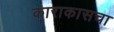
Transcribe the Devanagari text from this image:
काराकासचा